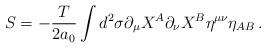
LaTeX: \begin{align*}S=-\frac{T}{2a_0}\int d^2\sigma\partial_\mu X^A\partial_\nu X^B\eta^{\mu\nu}\eta_{AB}\, .\end{align*}